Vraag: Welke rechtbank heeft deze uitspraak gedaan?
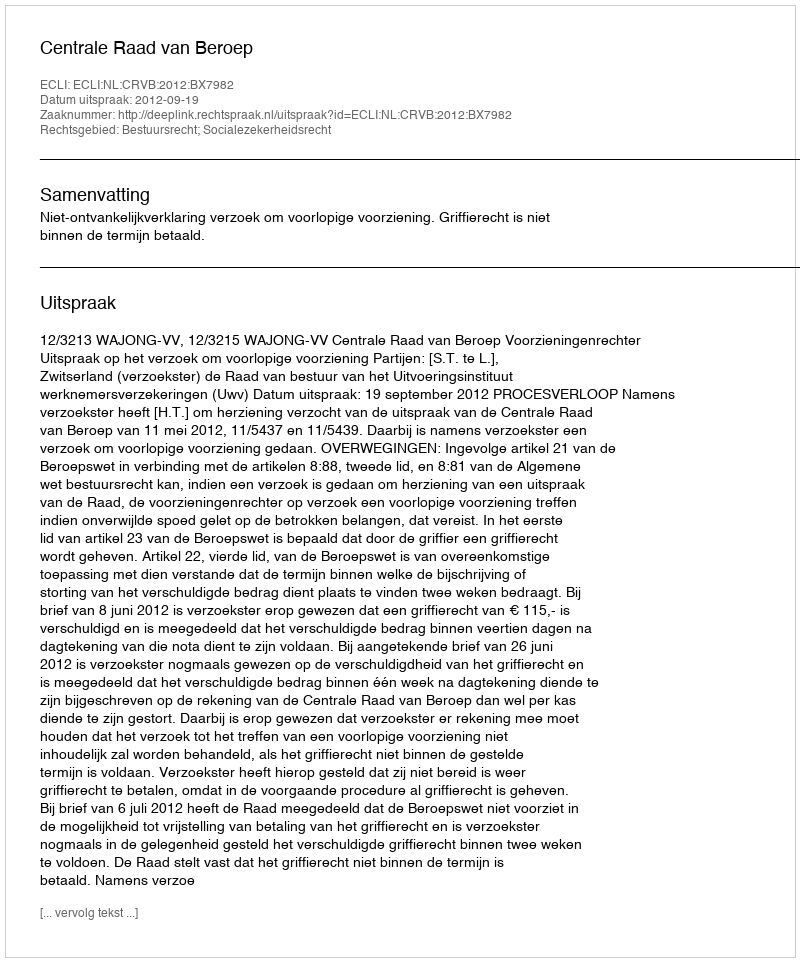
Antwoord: Centrale Raad van Beroep